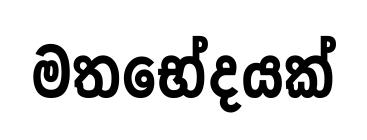
මතභේදයක්